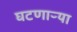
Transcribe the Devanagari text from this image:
घटणाऱ्या